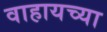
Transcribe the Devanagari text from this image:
वाहायच्या